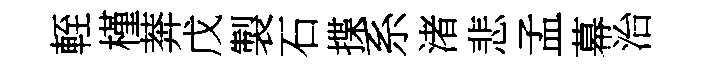
輊槿莾戊製石揲系渚悲孟幕治